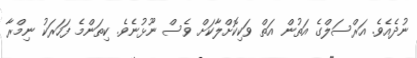
ނުދެއެވެ. އަރްސަލްގެ އަތުން އަތް ވަކިކޮށްލާކަށް ވެސް ނޫޅުނެވެ. ކިތަންމެ ފަހަރަކު ނިމްރާ